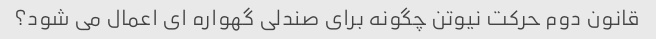
قانون دوم حرکت نیوتن چگونه برای صندلی گهواره ای اعمال می شود؟